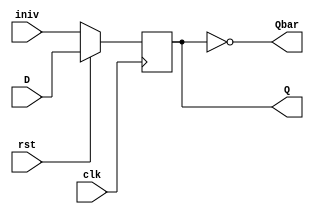
module dff(input D, input iniv, input clk, input rst, output reg Q, output Qbar);
always @(posedge clk)
if(!rst) 
    Q <= iniv;
else
    Q <= D;
assign Qbar = !Q;
endmodule

module fsm(input rst, input clk, input X, output Y);

wire d0,d1,d2,q0,q1,q2,q3,qn0,qn1,qn2,qn3;

assign d0 = (!q0 & X) | (q1 & !q0) | (q2 & !q0);
assign d1 = (q1 & !q0) | (!q2 & !q1 & q0);
assign d2 = (q2 & !q0) | (q1 & q0);


dff df0 (d0, 1'b0, clk, rst, q0, qn0);
dff df1 (d1, 1'b0, clk, rst, q1, qn1);
dff df2 (d2, 1'b0, clk, rst, q2, qn2);

assign Y = q1 & !q0;
endmodule